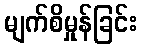
မျက်စိမှုန်ခြင်း